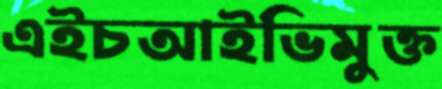
এইচআইভিমুক্ত